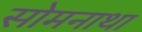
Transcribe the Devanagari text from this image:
सोमनाथा